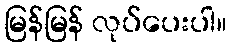
မြန်မြန် လုပ်ပေးပါ။